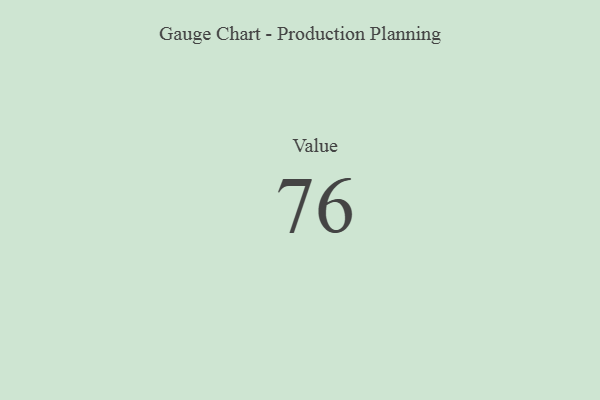
{"axis": {"x": "Metric", "y": "Value"}, "legend": [""], "data": [{"x": "Value", "y": 76, "type": ""}]}